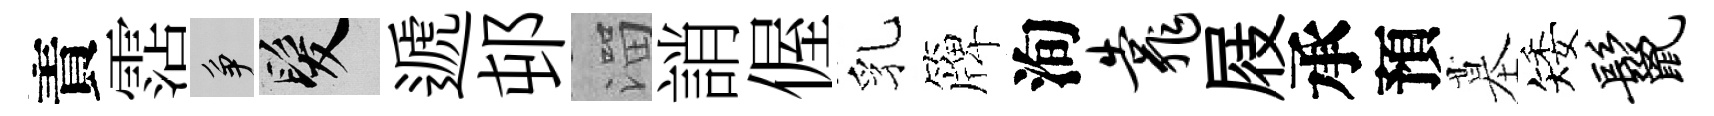
責霑争髮遞邨溜誚偓乳簰洵靠屐承預墓矮鬣